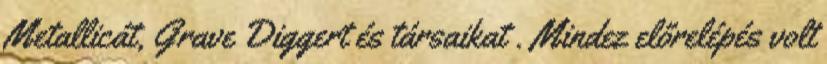
Metallicát, Grave Diggert és társaikat . Mindez előrelépés volt